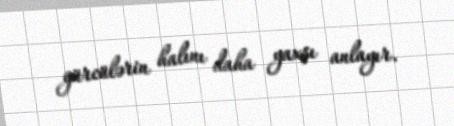
gürcülərin halını daha yaxşı anlayır.